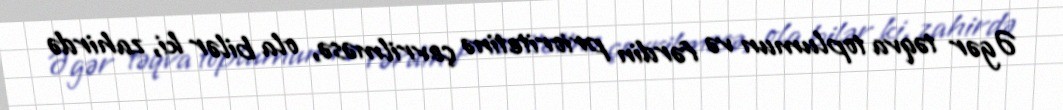
Əgər təqva toplumun və fərdin prioritetinə çevrilməsə, ola bilər ki, zahirdə